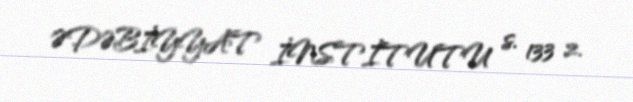
ƏDƏBİYYAT İNSTİTUTU s. 133 2.